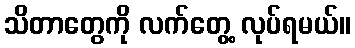
သိတာတွေကို လက်တွေ့ လုပ်ရမယ်။